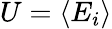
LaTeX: U=\left\langle E_{i}\right\rangle